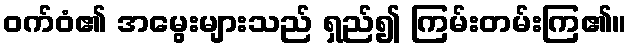
ဝက်ဝံ၏ အမွေးများသည် ရှည်၍ ကြမ်းတမ်းကြ၏။